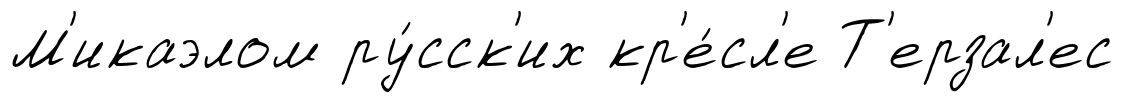
М'икаэлом ру́сск'их кр'е́сл'е Т'ерзал'ес